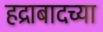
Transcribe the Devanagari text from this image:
हद्राबादच्या